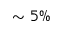
\sim 5 \%